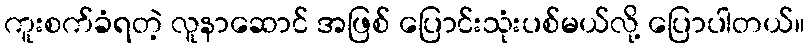
ကူးစက်ခံရတဲ့ လူနာဆောင် အဖြစ် ပြောင်းသုံးပစ်မယ်လို့ ပြောပါတယ်။